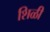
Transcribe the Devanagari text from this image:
शिळी